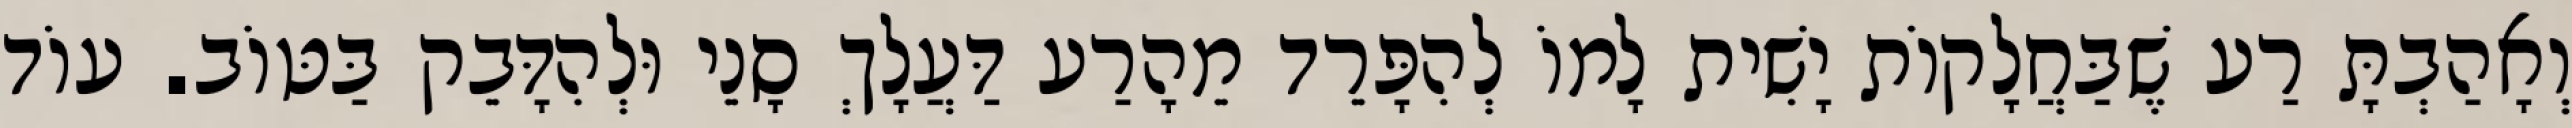
וְאָהַבְתָּ רַע שֶׁבַּחֲלָקוֹת יָשִׁית לָמוֹ לְהִפָּרֵד מֵהָרַע דַּעֲלָךְ סָנֵי וּלְהִדָּבֵק בַּטּוֹב. עוֹד